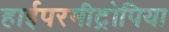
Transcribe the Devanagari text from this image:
हाईपरमीट्रोपिया